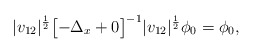
\begin{align*}|v_{12}|^{\frac 12} \bigl[- \Delta_x + 0\bigr]^{-1} |v_{12}|^{\frac 12} \phi_0 = \phi_0, \end{align*}